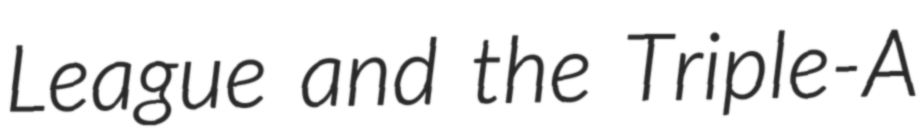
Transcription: League and the Triple-A